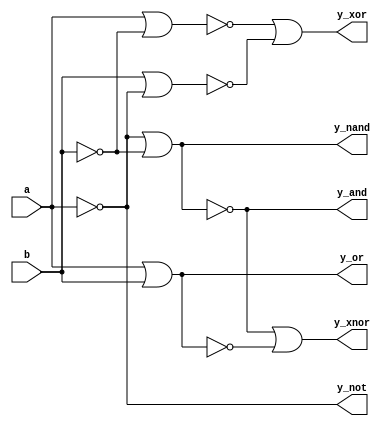
`timescale 1ns / 1ps
//////////////////////////////////////////////////////////////////////////////////
// Company: 
// Engineer: 
// 
// Design Name: 
// Module Name: all_gates_using_nor
// Project Name: 
// Target Devices: 
// Tool Versions: 
// Description: 
// 
// Dependencies: 
// 
// Revision:
// Revision 0.01 - File Created
// Additional Comments:
// 
//////////////////////////////////////////////////////////////////////////////////


module all_gates_using_nor(a,b,y_and,y_or,y_not,y_nand,y_xor,y_xnor);
input a,b;
output y_and,y_or,y_not,y_nand,y_xor,y_xnor;
wire w1,w2,w3,w4,w5,w6,w7,w8,w9,w10,w11,w12,w13,w14,w15,w16;

nor g1(w1,a,a);
nor g2(w2,b,b);
nor g3(y_and,w1,w2);
nor g4(w3,a,b);
nor g5(y_or,w3,w3);
nor g6(w7,b,b);
nor g7(w8,a,a);
nor g8(w9,a,w7);
nor g9(w10,b,w8);
nor g10(w16,w9,w10);
nor g11(w11,a,a);
nor g12(w12,b,b);
nor g13(w13,w11,w12);
nor g14(w14,a,b);
nor g15(w15,w13,w14);
nor g16(y_xnor,w15,w15);
nor g17(w4,a,a);
nor g18(w5,b,b);
nor g19(w6,w4,w5);
nor g20(y_nand,w6,w6);
nor g21(y_not,a,a);
nor g22(y_xor,w16,w16);
endmodule